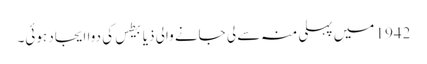
1942 میں‌ پہلی منہ سے لی جانے والی ذیابیطس کی دوا ایجاد ہوئی۔